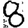
Digit: 8